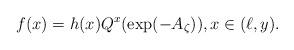
LaTeX: \begin{align*}f(x)=h(x)Q^x(\exp(-A_{\zeta})), x \in (\ell,y).\end{align*}